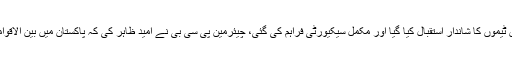
احسان مانی نے کہا کہ پاکستان میں ٹیموں کا شاندار استقبال کیا گیا اور مکمل سیکیورٹی فراہم کی گئی، چیئرمین پی سی بی نے امید ظاہر کی کہ پاکستان میں بین الاقوامی کرکٹ مکمل بحال ہوجائے گی۔